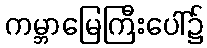
ကမ္ဘာမြေကြီးပေါ်၌